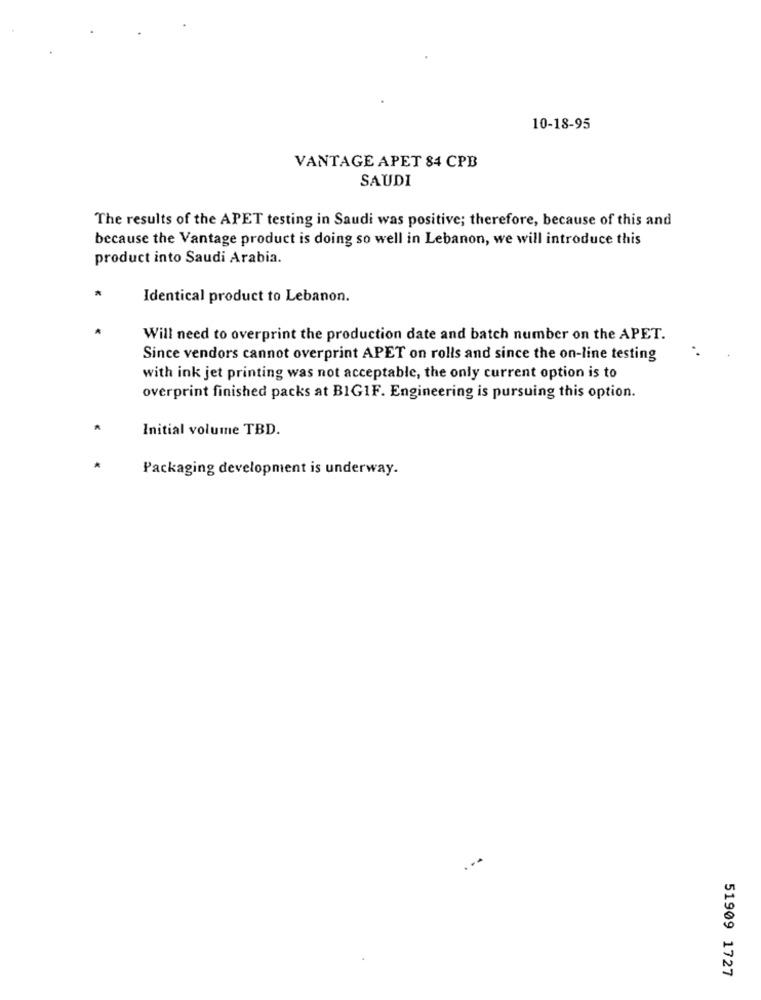
10-18-95
VANTAGE APET 84 CPB
SAUDI
The results of the APET testing in Saudi was positive; therefore, because of this and
because the Vantage product is doing so well in Lebanon, we will introduce this
product into Saudi Arabia.
*
Identical product to Lebanon.
*
Will need to overprint the production date and batch number on the APET.
Since vendors cannot overprint APET on rolls and since the on-line testing
with ink jet printing was not acceptable, the only current option is to
overprint finished packs at BIG1F. Engineering is pursuing this option.
Initial volume TBD.
Packaging development is underway.
51909 1727